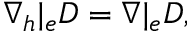
\nabla _ { h } | _ { e } D = \nabla | _ { e } D ,